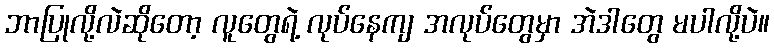
ဘာပြုလို့လဲဆိုတော့ လူတွေရဲ့ လုပ်နေကျ အလုပ်တွေမှာ အဲဒါတွေ မပါလို့ပဲ။